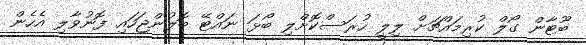
ބޫޓާން ގޯލް ކުރިމައްޗަށް ލިލީ ހުރަސްކޮށްލި ބޯޅަ ނައްޓޭ ބޮލުންޖަހައި ފޮނުވާލި އެހެން